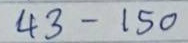
43 - 150